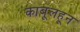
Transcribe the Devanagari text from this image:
काबूलहून